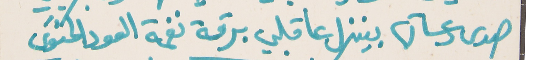
صدى دعساتها بينزل عا قلبي برقة نغمة العود الحنوني